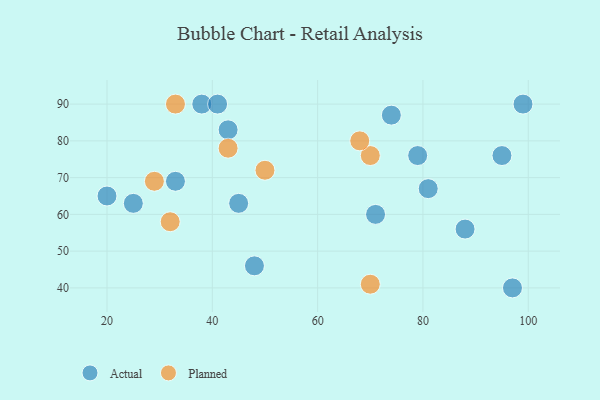
{"axis": {"x": "GDP", "y": "Life Expectancy"}, "legend": ["Actual", "Planned"], "data": [{"x": "38", "y": 90, "type": "Actual"}, {"x": "95", "y": 76, "type": "Actual"}, {"x": "97", "y": 40, "type": "Actual"}, {"x": "43", "y": 83, "type": "Actual"}, {"x": "71", "y": 60, "type": "Actual"}, {"x": "74", "y": 87, "type": "Actual"}, {"x": "88", "y": 56, "type": "Actual"}, {"x": "79", "y": 76, "type": "Actual"}, {"x": "45", "y": 63, "type": "Actual"}, {"x": "25", "y": 63, "type": "Actual"}, {"x": "81", "y": 67, "type": "Actual"}, {"x": "48", "y": 46, "type": "Actual"}, {"x": "99", "y": 90, "type": "Actual"}, {"x": "33", "y": 69, "type": "Actual"}, {"x": "20", "y": 65, "type": "Actual"}, {"x": "41", "y": 90, "type": "Actual"}, {"x": "50", "y": 72, "type": "Planned"}, {"x": "70", "y": 76, "type": "Planned"}, {"x": "32", "y": 58, "type": "Planned"}, {"x": "68", "y": 80, "type": "Planned"}, {"x": "43", "y": 78, "type": "Planned"}, {"x": "33", "y": 90, "type": "Planned"}, {"x": "29", "y": 69, "type": "Planned"}, {"x": "70", "y": 41, "type": "Planned"}]}